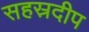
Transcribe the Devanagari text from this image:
सहस्रदीप